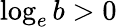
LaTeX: \log_{e}b>0